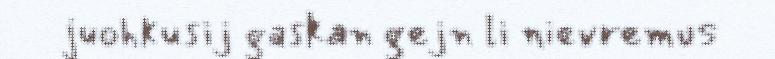
juohkusij gaskan gejn li nievremus